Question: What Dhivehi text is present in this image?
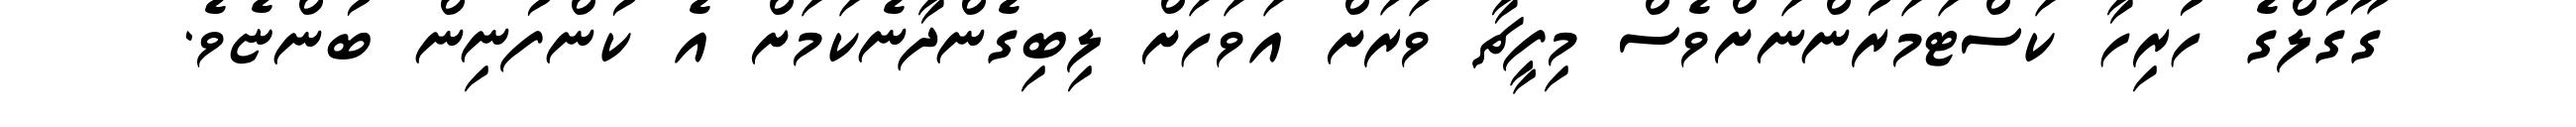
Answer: ގޫގުލްގެ ހުރިހާ ކަސްޓަމަރުންނަށްވެސް މިފީޗާ ވަރަށް އަވަހަށް ލިބިގެންދާނެކަމަށް އެ ކުންފުނިން ބުންޏެވެ.